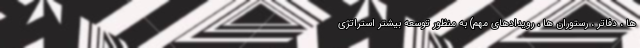
ها ، دفاتر ، رستوران ها ، رویدادهای مهم) به منظور توسعه بیشتر استراتژی